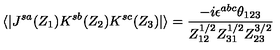
\langle | J ^ { s a } ( Z _ { 1 } ) K ^ { s b } ( Z _ { 2 } ) K ^ { s c } ( Z _ { 3 } ) | \rangle = \frac { - i \epsilon ^ { a b c } \theta _ { 1 2 3 } } { Z _ { 1 2 } ^ { 1 / 2 } Z _ { 3 1 } ^ { 1 / 2 } Z _ { 2 3 } ^ { 3 / 2 } }